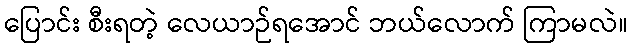
ပြောင်း စီးရတဲ့ လေယာဉ်ရအောင် ဘယ်လောက် ကြာမလဲ။